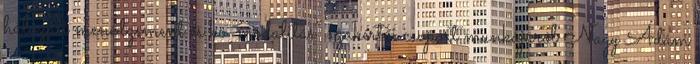
hálózati menedzsment és ko-modalitás” szakértői csoport munkájáról Nagy Ádám